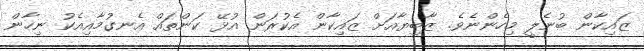
ޒައިކާން ބުނެލީ މިހެންނެވެ. ޒާބިޔާއަށް ޒައިކާން އެކުރަން އުޅޭ ކަންތައް އެނގުމާއިއެކު ނިހާން